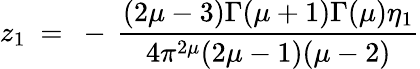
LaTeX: z_{1}~=~-\, \frac{(2\mu-3)\Gamma(\mu+1)\Gamma(\mu)\eta_{1}}{4\pi^{2\mu}(2\mu-1)(\mu-2)}